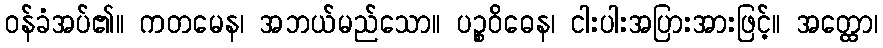
ဝန်ခံအပ်၏။ ကတမေန၊ အဘယ်မည်သော။ ပဉ္စဝိဓေန၊ ငါးပါးအပြားအားဖြင့်။ အတ္ထော၊